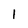
Character: 1